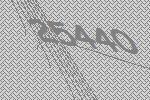
25440